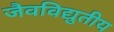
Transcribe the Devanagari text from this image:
जैवविद्युतीय